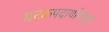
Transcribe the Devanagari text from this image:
घटकपदार्थापासून